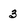
Character: 3